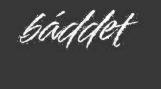
báddet